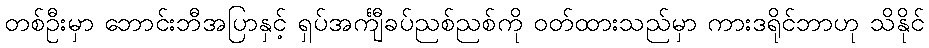
တစ်ဦးမှာ ဘောင်းဘီအပြာနှင့် ရှပ်အင်္ကျီခပ်ညစ်ညစ်ကို ဝတ်ထားသည်မှာ ကားဒရိုင်ဘာဟု သိနိုင်